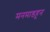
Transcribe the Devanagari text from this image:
मनमाडहून